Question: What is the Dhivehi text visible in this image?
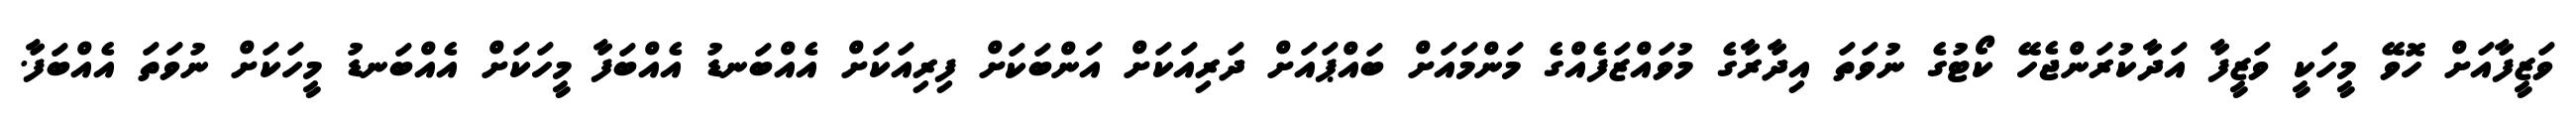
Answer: ވަޒީފާއަށް ހޮވޭ މީހަކީ ވަޒީފާ އަދާކުރަންޖެހޭ ކޯޓުގެ ނުވަތަ އިދާރާގެ މުވައްޒަފެއްގެ މަންމައަށް ބައްޕައަށް ދަރިއަކަށް އަންބަކަށް ފިރިއަކަށް އެއްބަނޑު އެއްބަފާ މީހަކަށް އެއްބަނޑު މީހަކަށް ނުވަތަ އެއްބަފާ.